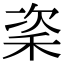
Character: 秶